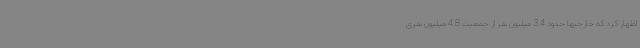
اظهار کرد که خارجیها حدود 3.4 میلیون نفر از جمعیت 4.8 میلیون نفری